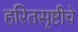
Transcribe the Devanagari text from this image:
हरितसृष्टीचे